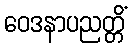
ဝေဒနာပညတ္တိံ